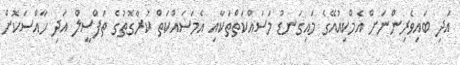
އަދި ބައިވެރިންނަށް އެމްކިއުއޭގެ މައިގަނޑު މަސައްކަތްތަކާއި އެމަސައްކަތް ކުރާގޮތުގެ ތަފްސީލް އަދި ހާއްސަކޮށް